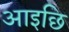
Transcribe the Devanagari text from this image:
आइछि